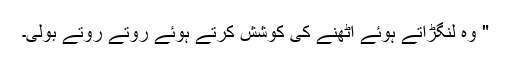
" وہ لنگڑاتے ہوئے اٹھنے کی کوشش کرتے ہوئے روتے روتے بولی۔